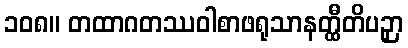
၁၀၈။ တထာဂတဿဝါစာဖရုသာနတ္ထီတိပဉှာ